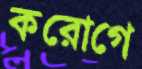
করোগে